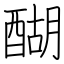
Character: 醐